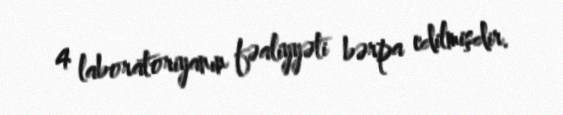
4 laboratoriyanın fəaliyyəti bərpa edilmişdir.